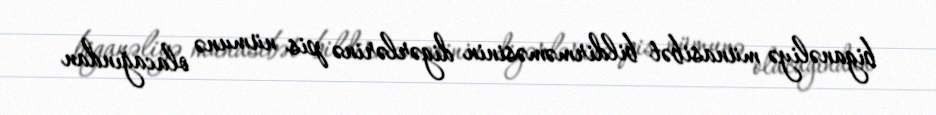
biganəliyə münasibət bildirməməsinin digərlərinə pis nümunə olacağından